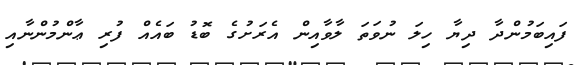
ފައިބަމުންދާ ދިޔާ ހިލަ ނުވަތަ ލާވާއިން އެރަށުގެ ބޮޑު ބައެއް ފުރި ޢާންމުންނާއި